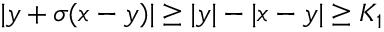
| y + \sigma ( x - y ) | \geq | y | - | x - y | \geq K _ { 1 }